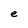
Character: e